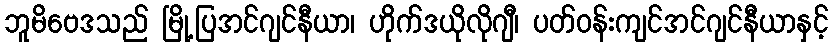
ဘူမိဗေဒသည် မြို့ပြအင်ဂျင်နီယာ၊ ဟိုက်ဒယိုလိုဂျီ၊ ပတ်ဝန်းကျင်အင်ဂျင်နီယာနှင့်